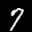
Label: 7